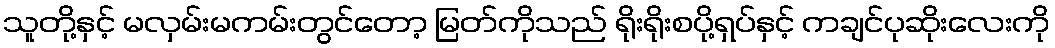
သူတို့နှင့် မလှမ်းမကမ်းတွင်တော့ မြတ်ကိုသည် ရိုးရိုးစပို့ရှပ်နှင့် ကချင်ပုဆိုးလေးကို